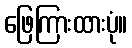
ဖြေကြားထားပုံ။